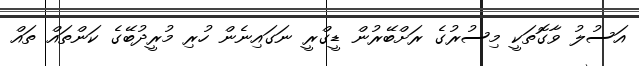
އަސުލު ވާގޮތަކީ މިސުރުގެ ރަށްބޭރުން ޑީގްރީ ނަގައިނެން ހުރި މުރީދުބޭގެ ކަންތައް ތައް